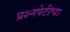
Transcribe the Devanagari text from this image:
प्रश्‍नपेटीचा